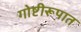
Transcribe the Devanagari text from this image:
गोष्टीरूपात